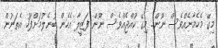
މިގޭ މެހެމާނެއްވެސް ނޫން.. މިގޭ ކުއްޖެއްވެސް ނޫން ފަޒީލާ އެހެން ބުނެލުމަށްފަހު އެތަނުން